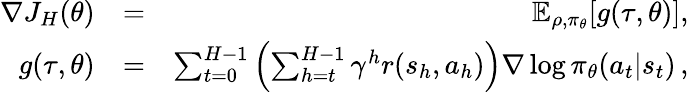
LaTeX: \begin{array}{rlr}{\nabla J_{H}(\theta)}&{=}&{\mathbb E_{\rho,\pi_{\theta}}[g(\tau,\theta)],}\\ {g(\tau,\theta)}&{=}&{\sum_{t=0}^{H-1}\left(\sum_{h=t}^{H-1}\gamma^{h}r(s_{h},a_{h})\right)\nabla\log\pi_{\theta}(a_{t}|s_{t})\, ,}\end{array}